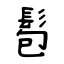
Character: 髱